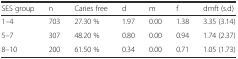
| SES group | n | Caries free | d | m | f | dmft (s.d) |
 | --- | --- | --- | --- | --- | --- | --- |
 | 1–4 | 703 | 27.30 % | 1.97 | 0.00 | 1.38 | 3.35 (3.14) |
 | 5–7 | 307 | 48.20 % | 0.80 | 0.00 | 0.94 | 1.74 (2.37) |
 | 8–10 | 200 | 61.50 % | 0.34 | 0.00 | 0.71 | 1.05 (1.73) |